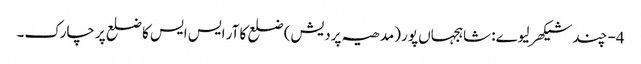
4- چند شیکھر لیوے: شاہجہاں پور (مدھیہ پردیش) ضلع کا آر ایس ایس کا ضلع پرچارک۔